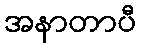
အနာတာပီ